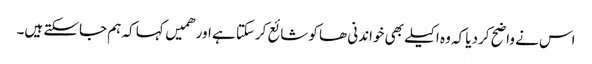
اس نے واضح کردیا کہ وہ اکیلے بھی خواندنی ھا کو شائع کرسکتا ہے اور ھمیں کہا کہ ہم جاسکتے ہیں۔